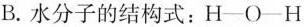
B.水分子的结构式：H-O-H